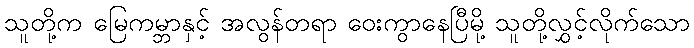
သူတို့က မြေကမ္ဘာနှင့် အလွန်တရာ ဝေးကွာနေပြီမို့ သူတို့လွှင့်လိုက်သော